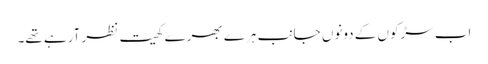
اب سڑکوں کے دونوں جانب ہرے بھرے کھیت نظر آرہے تھے۔